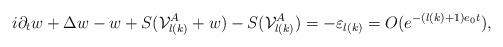
LaTeX: \begin{align*}i \partial_t w + \Delta w - w + S(\mathcal{V}_{l(k)}^A + w) - S(\mathcal{V}_{l(k)}^A) = -\varepsilon_{l(k)} = O(e^{-(l(k)+1) e_0 t}),\end{align*}